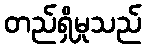
တည်ရှိမှုသည်